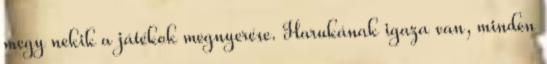
megy nekik a játékok megnyerése. Harukának igaza van, minden